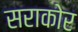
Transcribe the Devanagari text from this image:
सराकोर